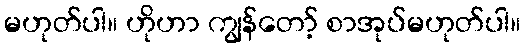
မဟုတ်ပါ။ ဟိုဟာ ကျွန်တော့် စာအုပ်မဟုတ်ပါ။